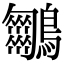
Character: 𪈵